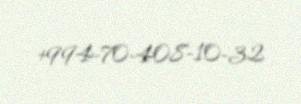
+994-70-408-10-32